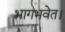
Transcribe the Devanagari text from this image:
भागभवेत।